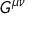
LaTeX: G ^ { \mu \nu }